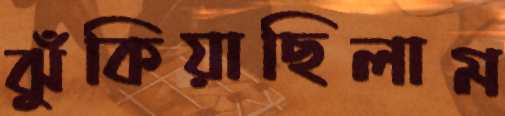
ঝুঁকিয়াছিলাম